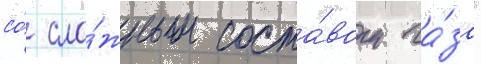
со́ сло́жным соста́вом га́за"